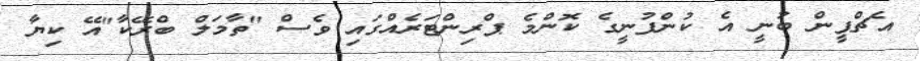
އެޗްޕީން ބުނީ އެ ކުންފުނީގެ ކޮންމެ ޕްރިންޓަރެއްގައި ވެސް "ތާމަލް ބްރޭކާ"އޭ ކިޔާ